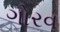
ગોરવ